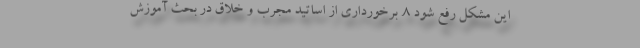
این مشکل رفع شود ۸. برخورداری از اساتید مجرب و خلاق در بحث آموزش